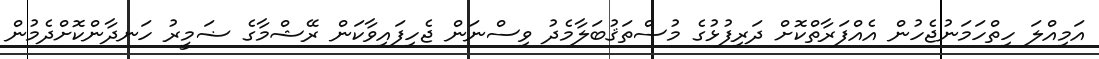
އަމިއްލަ ހިތްހަމަނުޖެހުން އެއްފަރާތްކޮށް ދަރިފުޅުގެ މުސްތަޤުބަލާމެދު ވިސްނަން ޖެހިފައިވާކަން ރޭޝްމާގެ ޟަމީރު ހަނދާންކޮށްދެމުން